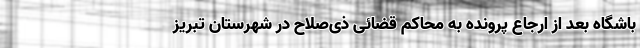
باشگاه بعد از ارجاع پرونده به محاکم قضائی ذی‌صلاح در شهرستان تبریز